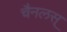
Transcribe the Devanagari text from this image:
चैनलस्